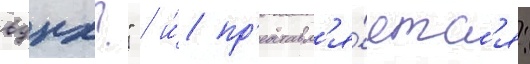
вднх?" / и́ пр'едставл'я́етс'я: